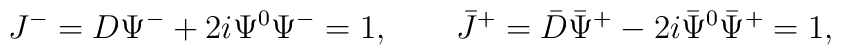
J^{-}=D\Psi^{-}+2i\Psi^0\Psi^-=1, \qquad\bar J^{+}=\bar D\bar\Psi^{+}-2i\bar\Psi^0\bar\Psi^+=1,